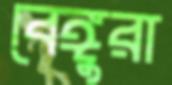
বেঙ্গুরা